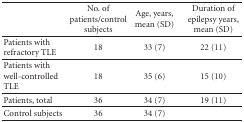
<table><thead><tr><td></td><td><b>No. of patients/control subjects</b></td><td><b>Age, years, mean (SD)</b></td><td><b>Duration of epilepsy years, mean (SD)</b></td></tr></thead><tbody><tr><td>Patients with refractory TLE</td><td>18</td><td>33 (7)</td><td> 22 (11)</td></tr><tr><td>Patients with well-controlled TLE</td><td>18</td><td>35 (6)</td><td>15 (10)</td></tr><tr><td> Patients, total</td><td>36</td><td>34 (7)</td><td>19 (11)</td></tr><tr><td>Control subjects</td><td>36</td><td>34 (7)</td><td></td></tr></tbody></table>